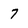
Character: 7